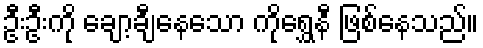
ဦးဦးကို ချော့ချီနေသော ကိုရွှေနီ ဖြစ်နေသည်။